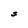
Character: S